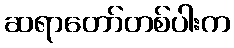
ဆရာတော်တစ်ပါးက